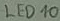
Text: LED10